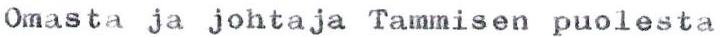
Omasta ja johtaja Tammisen puolesta